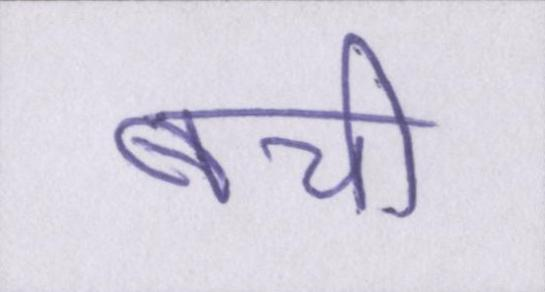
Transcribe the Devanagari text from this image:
बची